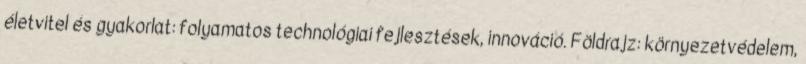
életvitel és gyakorlat: folyamatos technológiai fejlesztések, innováció. Földrajz: környezetvédelem,